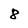
Character: 8